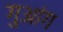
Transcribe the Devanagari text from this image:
गुआंग